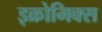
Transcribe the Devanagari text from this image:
इक्रोमिक्स